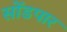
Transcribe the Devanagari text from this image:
सोंडपार